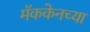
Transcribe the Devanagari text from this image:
मॅककेनच्या